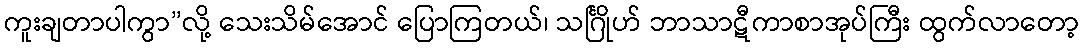
ကူးချတာပါကွာ”လို့ သေးသိမ်အောင် ပြောကြတယ်၊ သင်္ဂြိုဟ် ဘာသာဋီကာစာအုပ်ကြီး ထွက်လာတော့